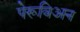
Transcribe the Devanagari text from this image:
पेरूविअन